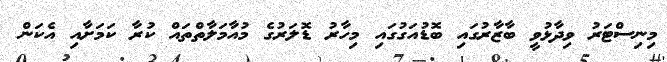
މިނިސްޓަރު ވިދާޅުވީ ބާޒާރުގައި ބޮޑުއަގުގައި މިހާރު ޑޮލަރުގެ މުއާމަލާތްތައް ކުރާ ކަމަށާއި އެކަން